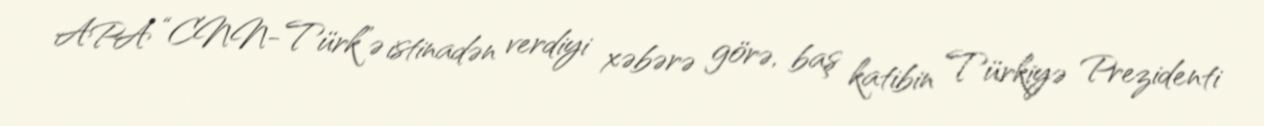
APA “CNN-Türk”ə istinadən verdiyi xəbərə görə, baş katibin Türkiyə Prezidenti